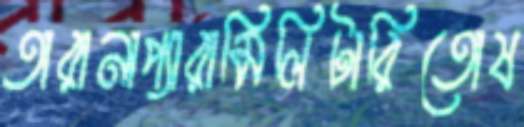
তারানাপ্যারামিলিটারিতোষ